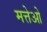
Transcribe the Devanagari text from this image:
मत्तेओ